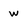
Character: w